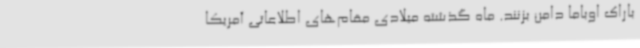
باراک اوباما دامن بزنند. ماه گذشته میلادی مقام‌های اطلاعاتی آمریکا